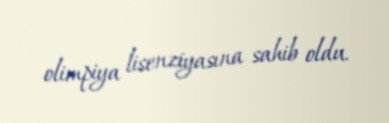
olimpiya lisenziyasına sahib oldu.